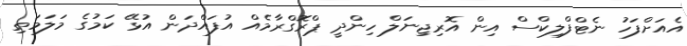
އެއަށްފަހު ނެޓްފްލިކްސް އިން އޮރިޖިނަލް ހިންދީ ޕްރޮގްރާމެއް އުފައްދަން އުޅޭ ކަމުގެ މަލަމަތި